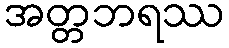
အတ္တဘရဿ